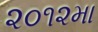
૨૦૧૨મા